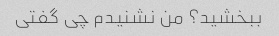
ببخشید؟ من نشنیدم چی گفتی